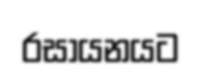
රසායනයට